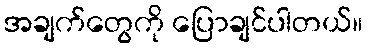
အချက်တွေကို ပြောချင်ပါတယ်။